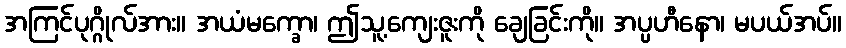
အကြင်ပုဂ္ဂိုလ်အား။ အယံမက္ခော၊ ဤသူ့ကျေးဇူးကို ချေခြင်းကို။ အပ္ပဟီနော၊ မပယ်အပ်။